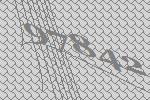
97842